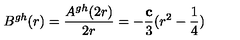
B ^ { g h } ( r ) = \frac { A ^ { g h } ( 2 r ) } { 2 r } = - \frac { \bf c } { 3 } ( r ^ { 2 } - \frac { 1 } { 4 } )